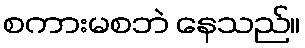
စကားမစဘဲ နေသည်။